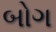
બોગ